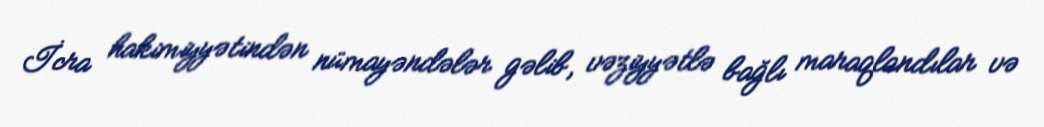
İcra hakimiyyətindən nümayəndələr gəlib, vəziyyətlə bağlı maraqlandılar və